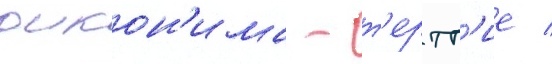
оикон'има - т'ертт'ие /